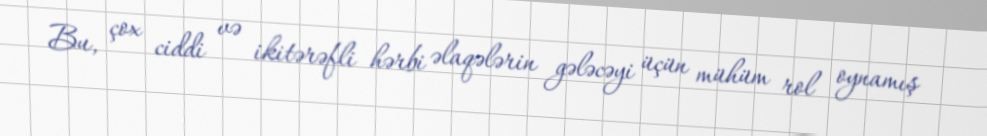
Bu, çox ciddi və ikitərəfli hərbi əlaqələrin gələcəyi üçün mühüm rol oynamış